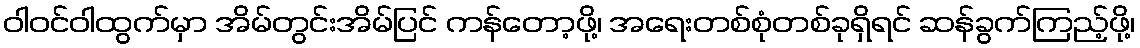
ဝါဝင်ဝါထွက်မှာ အိမ်တွင်းအိမ်ပြင် ကန်တော့ဖို့၊ အရေးတစ်စုံတစ်ခုရှိရင် ဆန်ခွက်ကြည့်ဖို့၊